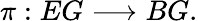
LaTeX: \pi:EG\longrightarrow BG.